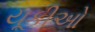
યૂકીઓ